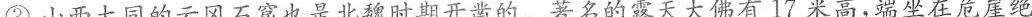
③山西大同的云冈石窟也是北魏时期开凿的。著名的露天大佛有17米高，端坐在危崖绝